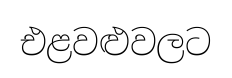
එළවළුවලට